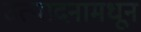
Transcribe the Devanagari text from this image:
उत्पादनामधून